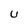
Character: U